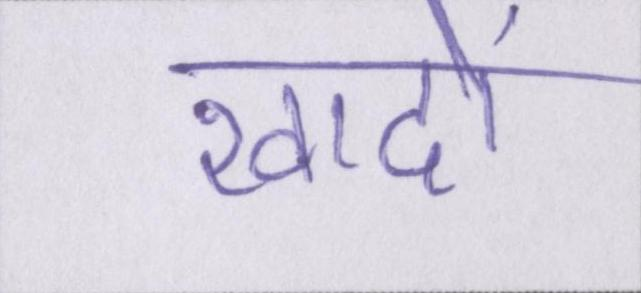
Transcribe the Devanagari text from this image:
खादों